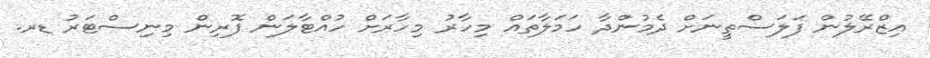
އިޒްރޭލުން ފަލަސްތީނަށް ދެމުންދާ ހަމަލާތައް މިހާރު މިހާރަށް ހުއްޓާލަން ފޮރިން މިނިސްޓަރު ޑރ.